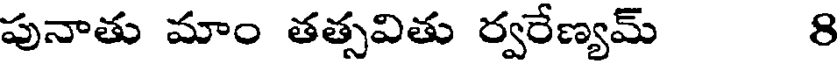
పునాతు మాం తత్సవితు ర్వరేణ్యమ్ 8